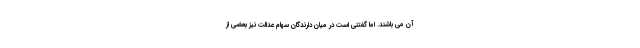
آن می باشند. اما گفتنی است در میان دارندگان سهام عدالت نیز بعضی از